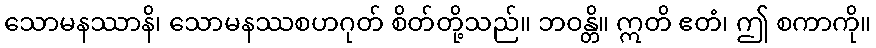
သောမနဿာနိ၊ သောမနဿစဟဂုတ် စိတ်တို့သည်။ ဘဝန္တိ။ ဣတိ ဧတံ၊ ဤ စကာကို။